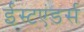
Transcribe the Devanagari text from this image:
ईस्टएंडर्स